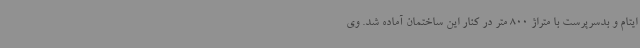
ایتام و بدسرپرست با متراژ 800 متر در کنار این ساختمان آماده شد. وی